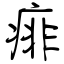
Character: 痱